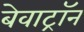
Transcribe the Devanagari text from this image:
बेवाट्रॉन